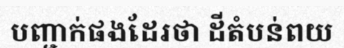
បញ្ជាក់ផងដែរថា ដីតំបន់ពយ